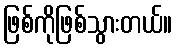
ဖြစ်ကိုဖြစ်သွားတယ်။